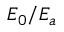
E _ { 0 } / E _ { a }